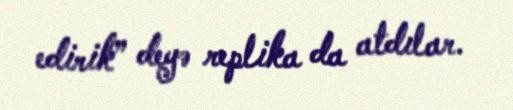
edirik” deyə replika da atdılar.